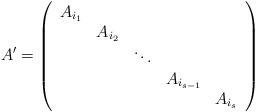
LaTeX: \begin{align*}A' = \left( \begin{array}{ccccc}A_{i_1} & & & & \\& A_{i_2} & & & \\& & \ddots & & \\& & & A_{i_{s-1}} & \\& & & & A_{i_s} \\\end{array} \right)\end{align*}